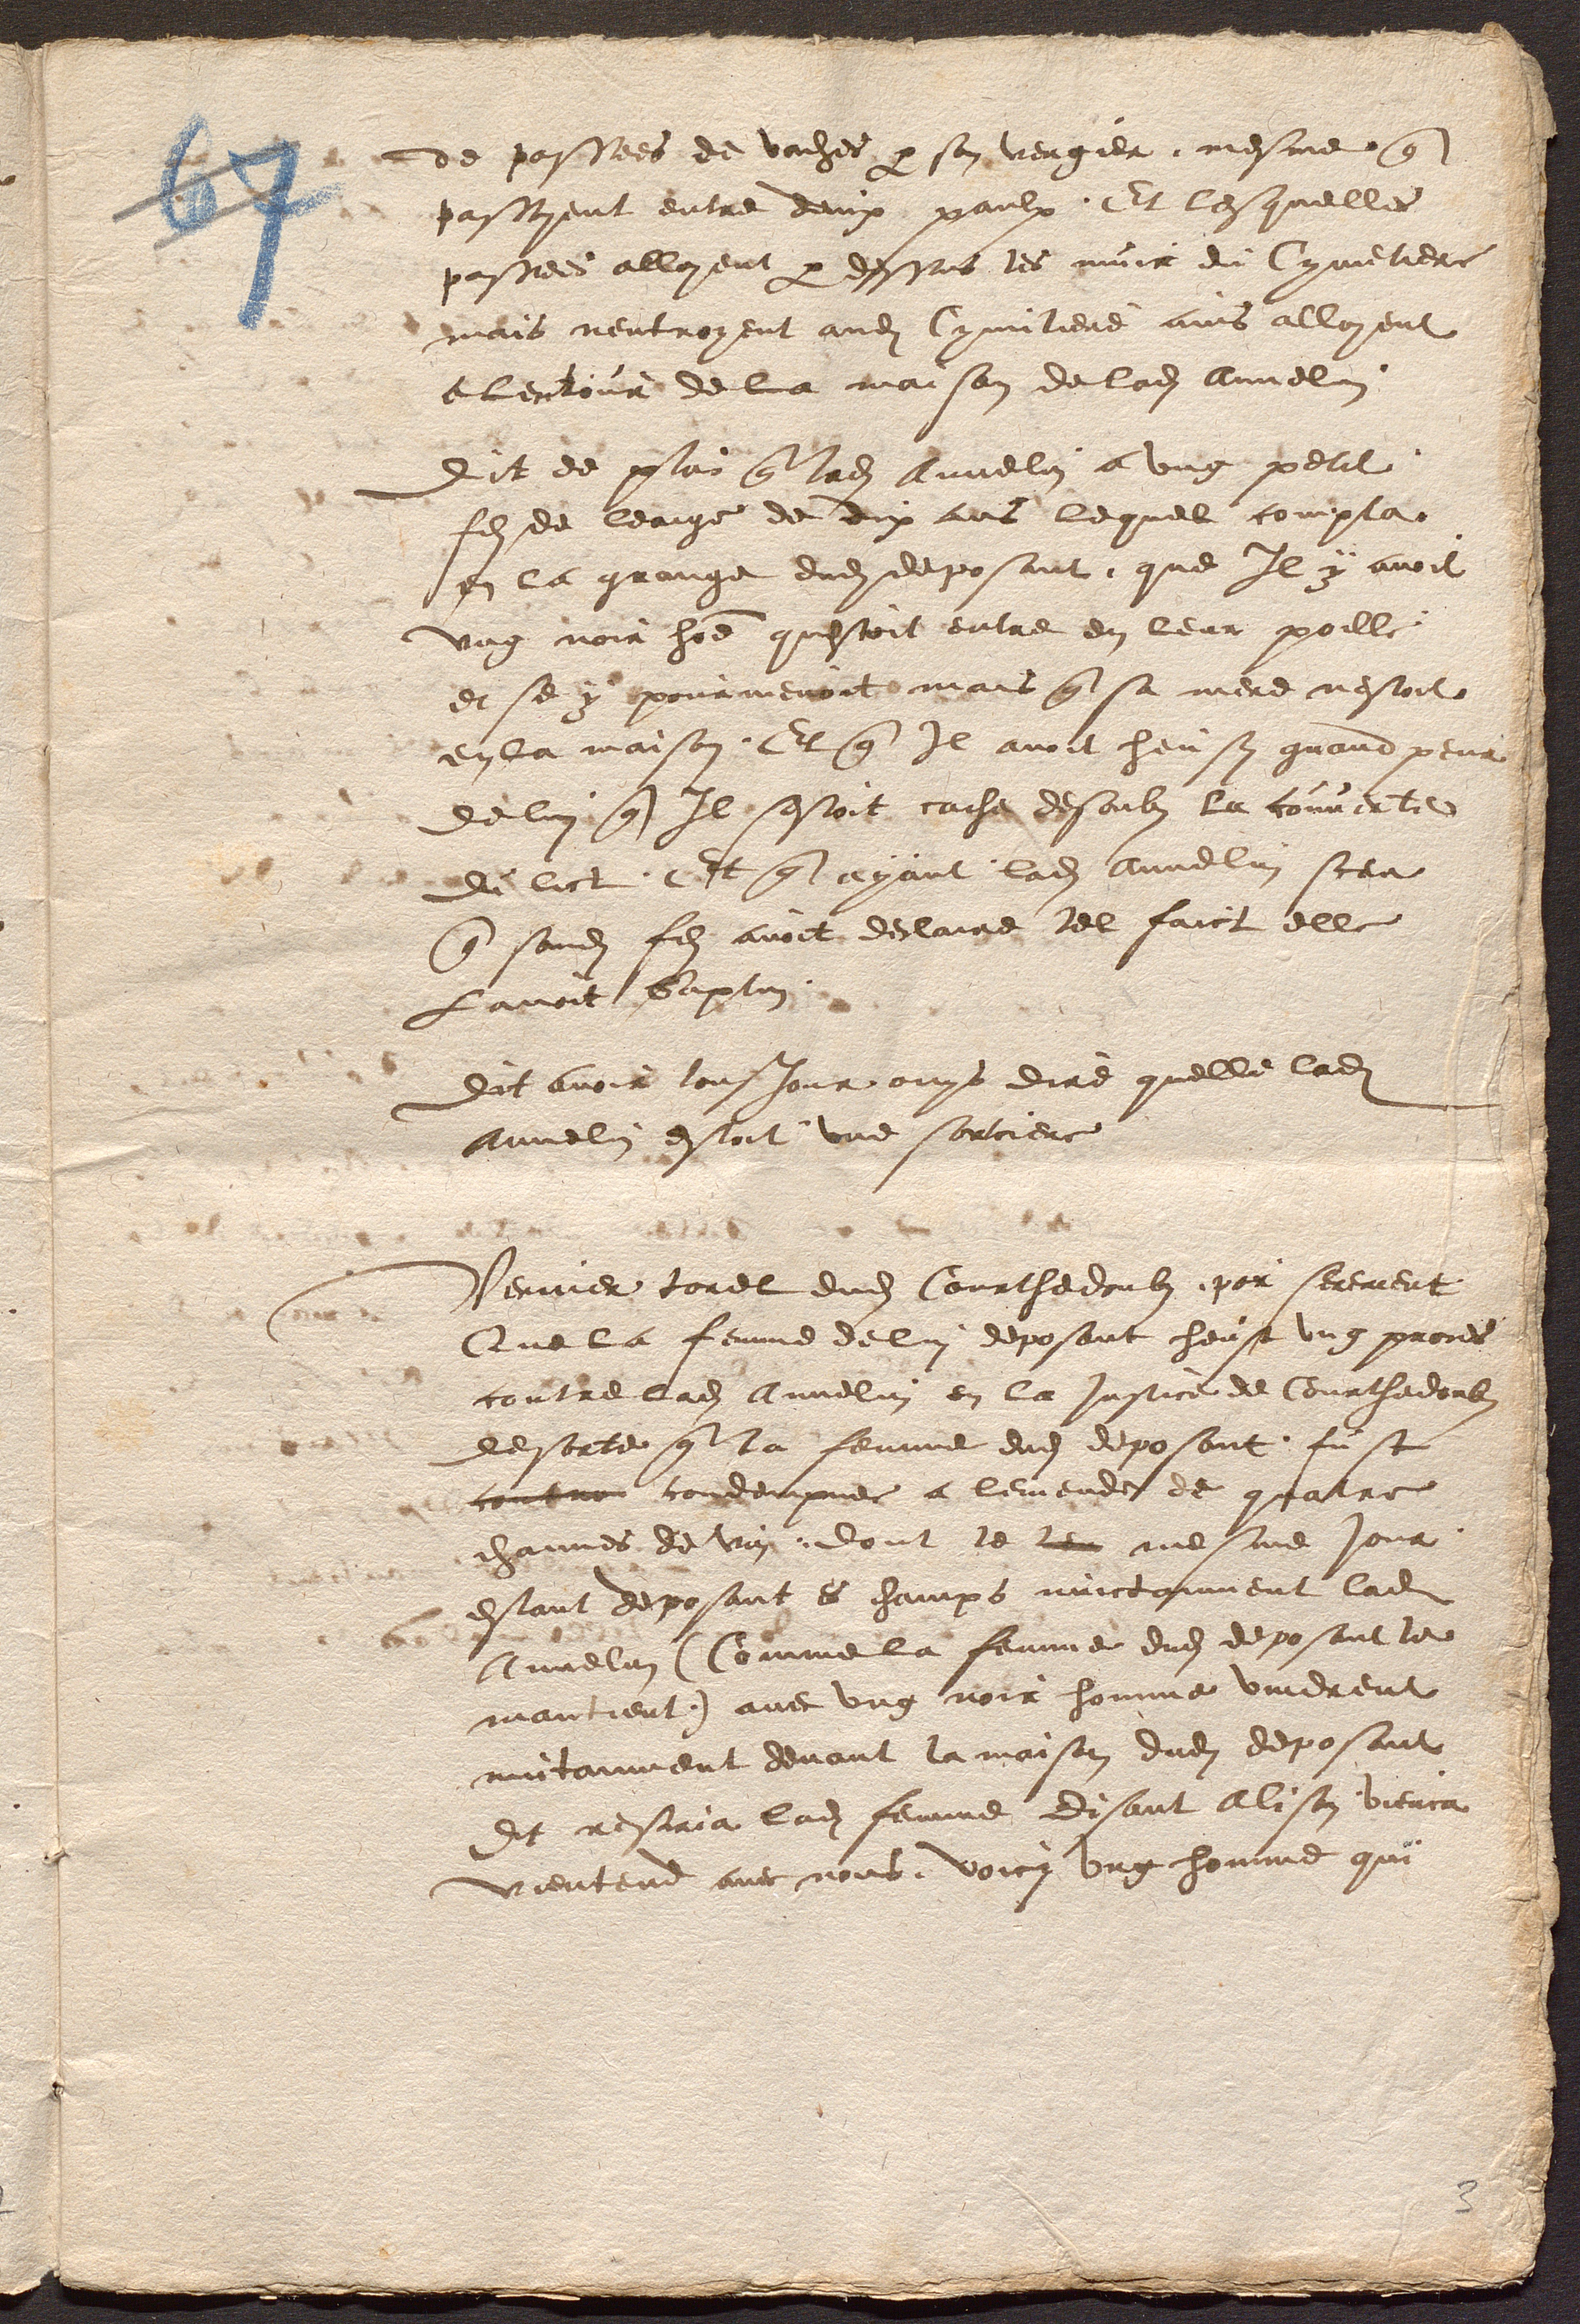
de passees de vaches par son vergier, mesme que
passoyent entre deux paulx. Et lesquelles
passees alloyent par dessus les murs du Cymetiere
mais nentroyent audit Cymitiere ains alloyent
a lentour de la maison de ladite Annelin
Dit de plus que ladite Annelin a ung petit
fils de leaige de dix ans lequel compta
en la grange dudit deposant, que Il y avoit
ung noir homme questoit entre en leur poille
et se y pourmenoit mais que sa mere nestoit
en la maison, Et que Il avoit heu sy grand peur
de lui que Il sestoit cache desoubs la couverte
du lict. Et que ayant ladite Annelin sceu
que sondit fils avoit desclaire tel faict elle
Lavoit baptus.
Dit avoir tousjour ouys dire quelle ladite
Annelin estoit une sorciere
Vernier Torel dudit Courthedoubs, par serement,
Que la femme de lui deposant heust ung proces
contre ladite Annelin en la Justice de Courthedoubs
desorte que la femme dudit deposant, fust
contre condempnee a lemende de quatre
channes de vin, dont le lieu mesme jour,
estant deposant es champs nuictanment ladite
Annelin (Comme la femme dudit deposant le
mantient.) avec ung noir homme vindrent
nuitanment devant la maison dudit deposant
Et rescria ladite femme Disant Alison, vienca
vientend avec nous, voici ung homme qui